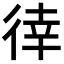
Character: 𢔛